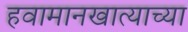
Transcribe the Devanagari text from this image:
हवामानखात्याच्या